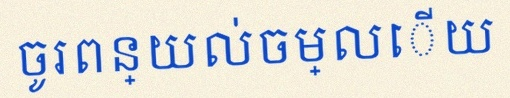
ចូរពន្យល់ចម្លើយ